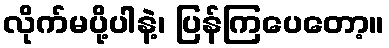
လိုက်မပို့ပါနဲ့၊ ပြန်ကြပေတော့။